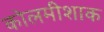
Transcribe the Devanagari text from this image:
कोलमीशाक